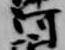
河